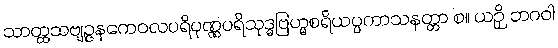
သာတ္ထသဗျဉ္ဇနကေဝလပရိပုဏ္ဏပရိသုဒ္ဓဗြဟ္မစရိယပ္ပကာသနတ္တာ စ။ ယဉှိ ဘဂဝါ